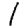
Digit: 1